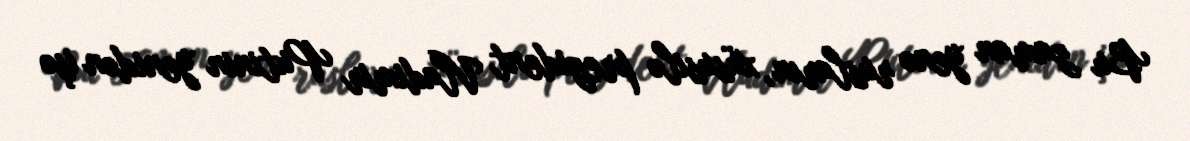
Bu zaman yenə rusların, xüsusilə prezident Vladimir Putinin yenidən işə